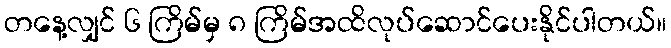
တနေ့လျှင် ၆ ကြိမ်မှ ၈ ကြိမ်အထိလုပ်ဆောင်ပေးနိုင်ပါတယ်။